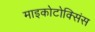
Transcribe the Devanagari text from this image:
माइकोटोक्सिंस